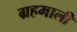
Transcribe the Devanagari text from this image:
ग्रहमाली